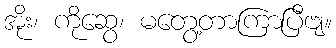
အိုး၊ ကိုဆွေ၊ မတွေ့တာကြာပြီဗျ။